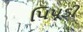
પિપૂડી